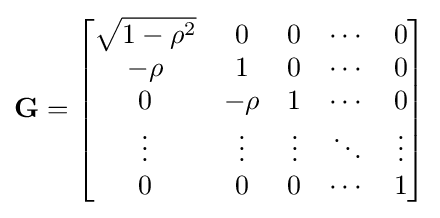
\mathbf {G} ={\begin{bmatrix}{\sqrt {1-\rho ^{2}}}&0&0&\cdots &0\\-\rho &1&0&\cdots &0\\0&-\rho &1&\cdots &0\\\vdots &\vdots &\vdots &\ddots &\vdots \\0&0&0&\cdots &1\end{bmatrix}}